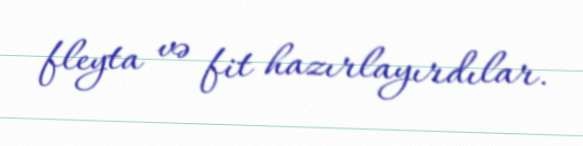
fleyta və fit hazırlayırdılar.